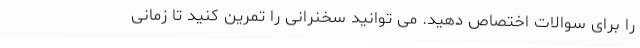
را برای سوالات اختصاص دهید. می توانید سخنرانی را تمرین کنید تا زمانی